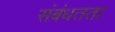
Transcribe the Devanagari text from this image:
संबंधतता